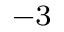
^ { - 3 }